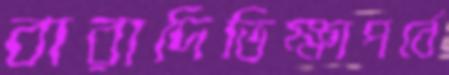
বারাদিভিক্ষাপর্বে